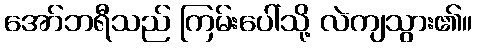
အော်ဘရီသည် ကြမ်းပေါ်သို့ လဲကျသွား၏။